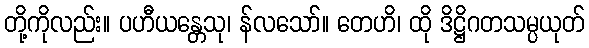
တို့ကိုလည်း။ ပဟီယန္တေသု၊ န်လသော်။ တေဟိ၊ ထို ဒိဋ္ဌိဂတသမ္ပယုတ်